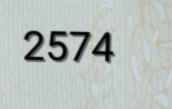
2574